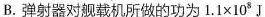
B.弹射器对舰载机所做的功为$$1 . 1 \times 1 0 ^ { 8 }$$J